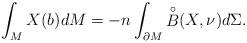
LaTeX: \begin{align*} \int_{M}X(b)dM=-n\int_{\partial M}{\stackrel{\circ}{B}}(X,\nu)d\Sigma. \end{align*}